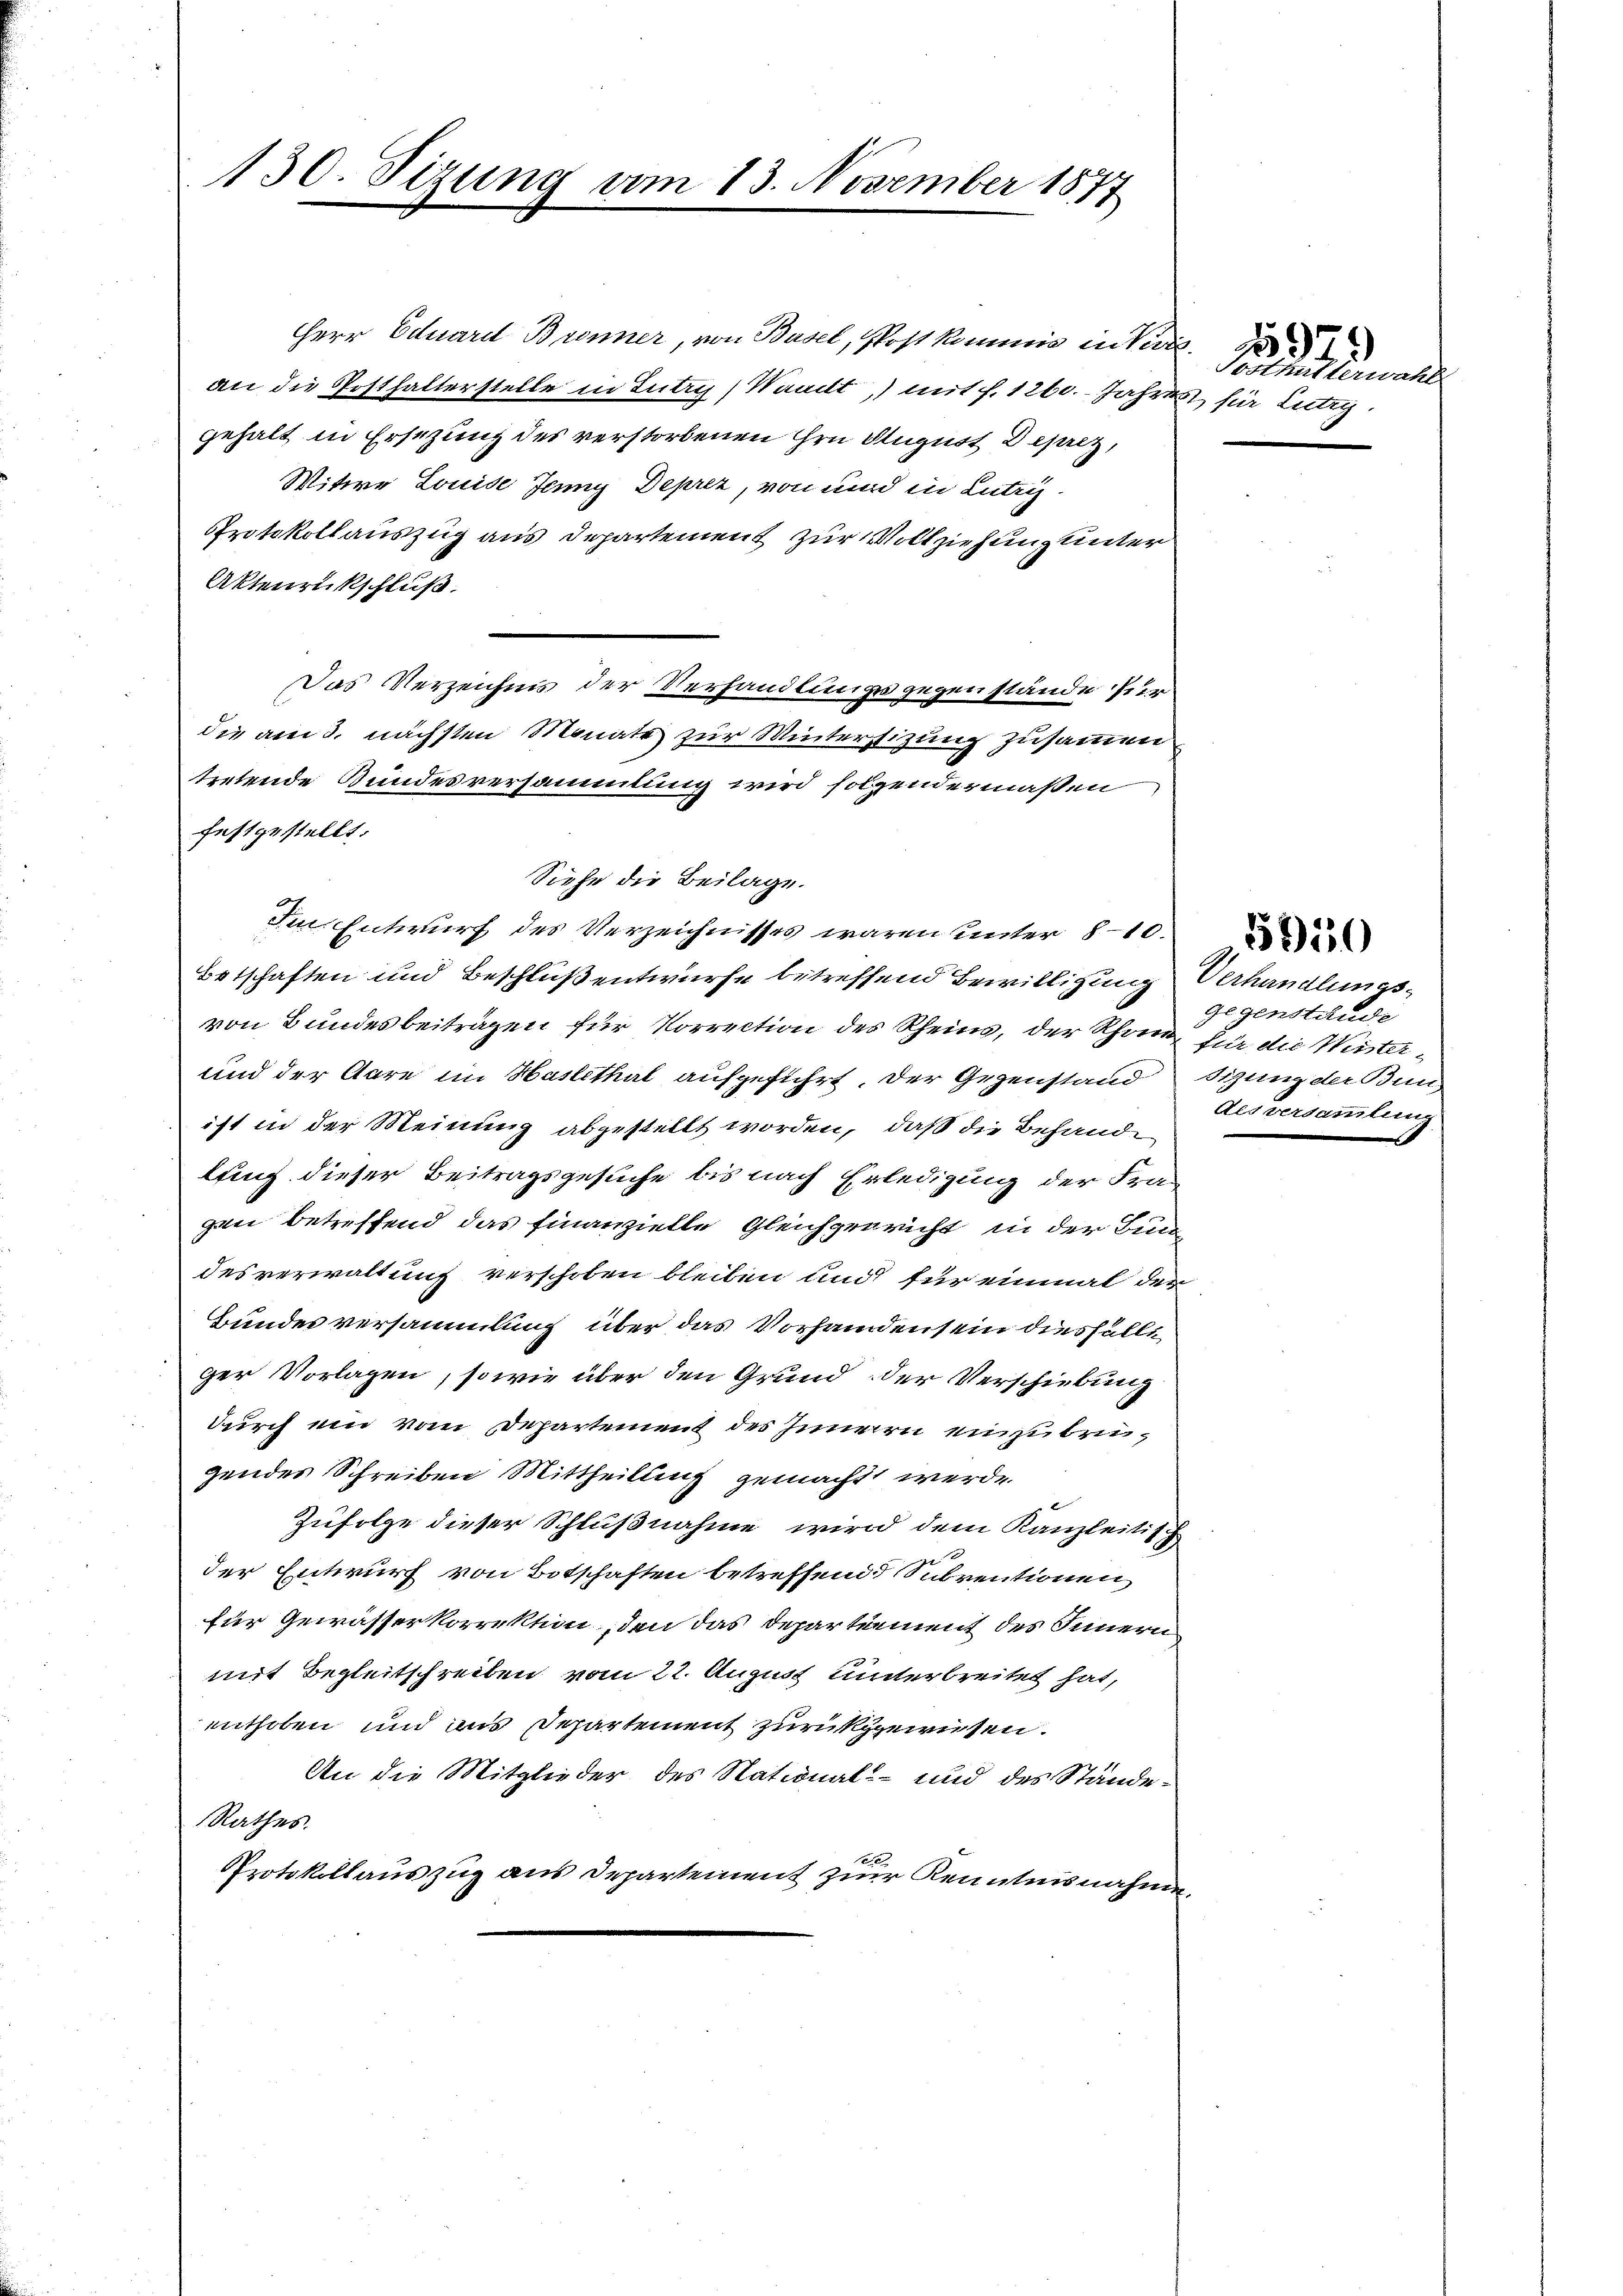
130. Sizung vom 13. November 1877

Herr Eduard Brenner, von Basel, Post kommig in Ver
an die Posthalterstelle in Lutry) Waadt, mit f. 1260. Jahres für Lutig
gehalt in Ersezung des verstorbenen ihre August Deprez,
Witwe Louise Jenny Deprez, von und in Lutry¬
Protokollauszug aus Departement zur Vollziehung unter
Aktenrückschluß.
Das Verzeichnis der Verhandlungsgegenstände für
die am 3. nächsten Monate zur Winterstizung zusammen
tretende Bundesversammlung wird folgendermaßen
festgestellt.
Siehe die Beilage.
Im Entwurf des Verzeichnisses waren unter 8-10
Betschaften und Beschluß entwurfe betreffend Bewilligung Verhandlimasvon Bundesbeiträgen für Korrection des Rheins, der Rhon für die Winter¬
und der Aare im Haslethal aufgeführt. Der Gegenstand
ist in der Meinung abgestellt worden, daß die Behandlung dieser Beitragsgesuche bis nach Erledigung der Fragen betreffend das finanzielle Gleichgenricht in der Bun
desverwaltung verschoben bleiben und für einmal der
Bundes versammlung über das Vorhanden sein diesfälle
ger Vorlagen, sowie über den Grund der Verschiebung
durch ein vom Departement des Innern einzubeugendes Schreiben Mittheilung gemacht werde.
Zufolge dieser Schlußnahme wird dem Kanzleitisch
der Entwurf von Botschaften betreffend Subventionen
für Gewässerkorrekten, den das Departement des Innern
mit Begleitschreiben vom 22. August unterbreitet hat,
enthoben und aus Departement zurückgewisen.
An die Mitglieder des National- und des Stände¬
Rathes.
1.6.
Protokollauszug aus Departement zur Kenntnisnahmen

Sosthalterwa

gegenstände
sizung der Bun
desversammtung